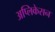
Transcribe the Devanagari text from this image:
अप्लिकेसन